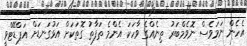
އެހެން ނަމަވެސް ނޮވެމްބަރު ތިނެއްގެ ވާހަކަ އެންމެ ތަފާތު ގޮތަކަށް އަޅުގަނޑަށް އަޕްޑޭޓްވީ